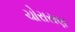
ચોરાસણ